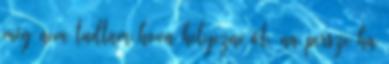
még nem tudtam hova helyezni őt, na persze ha